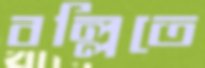
বল্লিতে